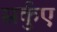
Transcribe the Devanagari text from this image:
सर्कुए